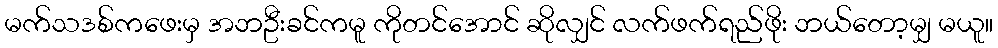
မက်သဒစ်ကဖေးမှ အဘဦးခင်ကမူ ကိုတင်အောင် ဆိုလျှင် လက်ဖက်ရည်ဖိုး ဘယ်တော့မျှ မယူ။